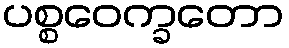
ပစ္စဝေက္ခတော